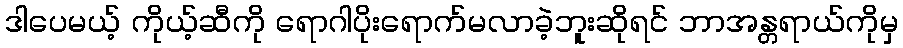
ဒါပေမယ့် ကိုယ့်ဆီကို ရောဂါပိုးရောက်မလာခဲ့ဘူးဆိုရင် ဘာအန္တရာယ်ကိုမှ